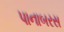
પાનાબરસ